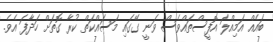
ބައެއް އަމިއްލަ އޮފީސްތައްވެސް ވަނީ ގޭގައި މަސައްކަތް ކުރާ ގޮތަށް ހަދާފަ އެވެ.